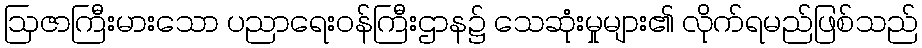
ဩဇာကြီးမားသော ပညာရေးဝန်ကြီးဌာန၌ သေဆုံးမှုများ၏ လိုက်ရမည်ဖြစ်သည်